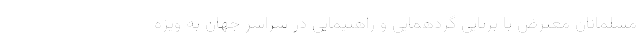
مسلمانان معترض با برپایی گردهمایی و راهپیمایی در سراسر جهان به ویژه